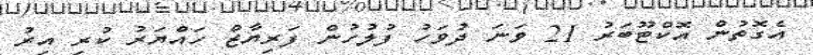
އެގޮތުން އޮކްޓޫބަރު 21 ވަނަ ދުވަހު ފުލުހުން ފަރިޔާޒް ހައްޔަރު ކުރި އިރު